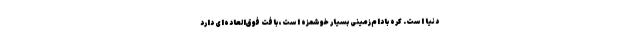
دنیا است. کره بادام‌زمینی بسیار خوشمزه است، بافت فوق‌العاده‌ای دارد